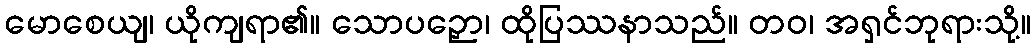
မောစေယျ၊ ယိုကျရာ၏။ သောပဉှော၊ ထိုပြဿနာသည်။ တဝ၊ အရှင်ဘုရားသို့။